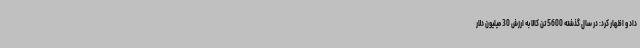
داد و اظهار کرد: در سال گذشته 5600 تن کالا به ارزش 30 میلیون دلار